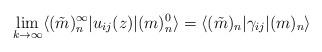
LaTeX: \begin{align*}\lim_{k\rightarrow \infty} \langle (\tilde{m})_n^{\infty}|u_{ij} (z)| (m)_n^0 \rangle =\langle (\tilde{m})_n |\gamma_{ij}| (m)_n \rangle\end{align*}